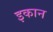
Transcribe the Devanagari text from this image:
इकान